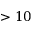
> 1 0